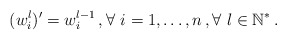
\begin{align*}(w_i^l)^{\prime}=w_i^{l-1} \,, \forall \ i=1, \ldots, n \,, \forall \ l \in \mathbb{N}^{\ast} \,.\end{align*}